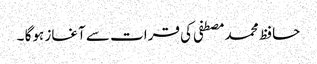
حافظ محمد مصطفی کی قرات سے آغاز ہوگا ۔